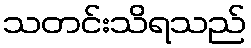
သတင်းသိရသည်